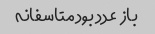
باز  عدد بود متاسفانه